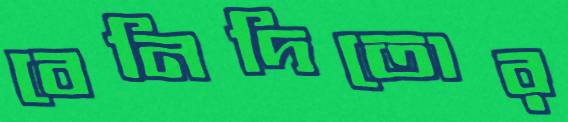
বেনিদিতোর